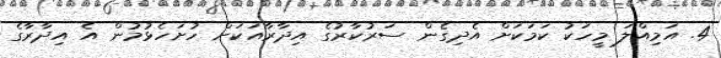
4. އަމިއްލަ މީހަކު ކަމަކަށް އެދިގެން ސަރުކާރުގެ އިދާރާއަކަށް ހުށަހެޅުމުން އެ އިދާރާގެ